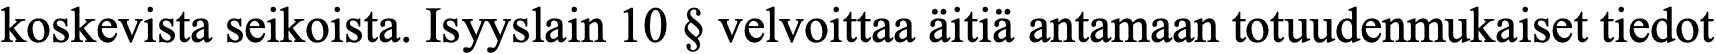
koskevista seikoista. Isyyslain 10 § velvoittaa äitiä antamaan totuudenmukaiset tiedot